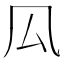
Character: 𠫗